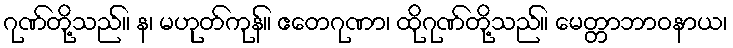
ဂုဏ်တို့သည်။ န၊ မဟုတ်ကုန်။ ဧတေဂုဏာ၊ ထိုဂုဏ်တို့သည်။ မေတ္တာဘာဝနာယ၊